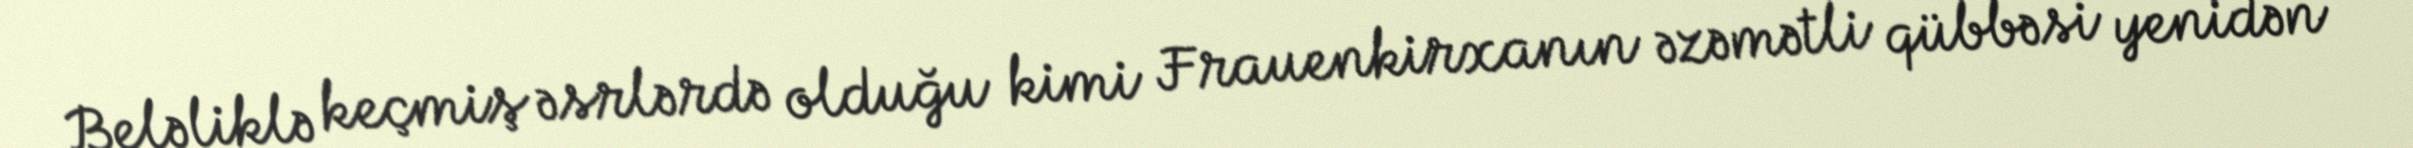
Beləliklə keçmiş əsrlərdə olduğu kimi Frauenkirxanın əzəmətli qübbəsi yenidən